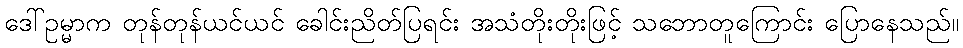
ဒေါ်ဥမ္မာက တုန်တုန်ယင်ယင် ခေါင်းညိတ်ပြရင်း အသံတိုးတိုးဖြင့် သဘောတူကြောင်း ပြောနေသည်။